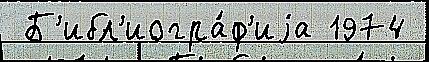
 Б'ибл'иогра́ф'иjа 1974